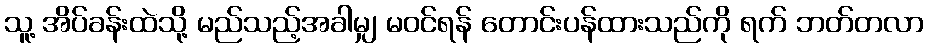
သူ့ အိပ်ခန်းထဲသို့ မည်သည့်အခါမျှ မဝင်ရန် တောင်းပန်ထားသည်ကို ရက် ဘတ်တလာ